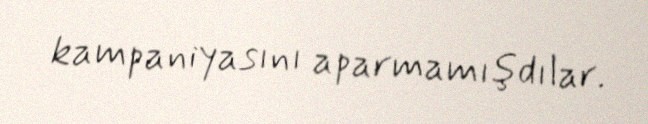
kampaniyasını aparmamışdılar.